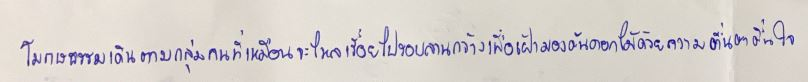
โมกษธรรมเดินตามกลุ่มคนที่เหมือนจะไหลเรื่อยไปรอบลานกว้างเพื่อเฝ้ามองต้นดอกไม้ด้วยความตื่นตาตื่นใจ